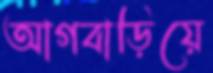
আগবাড়িয়ে